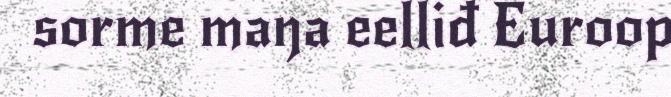
sorme maŋa eelliđ Euroop